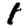
Digit: 1